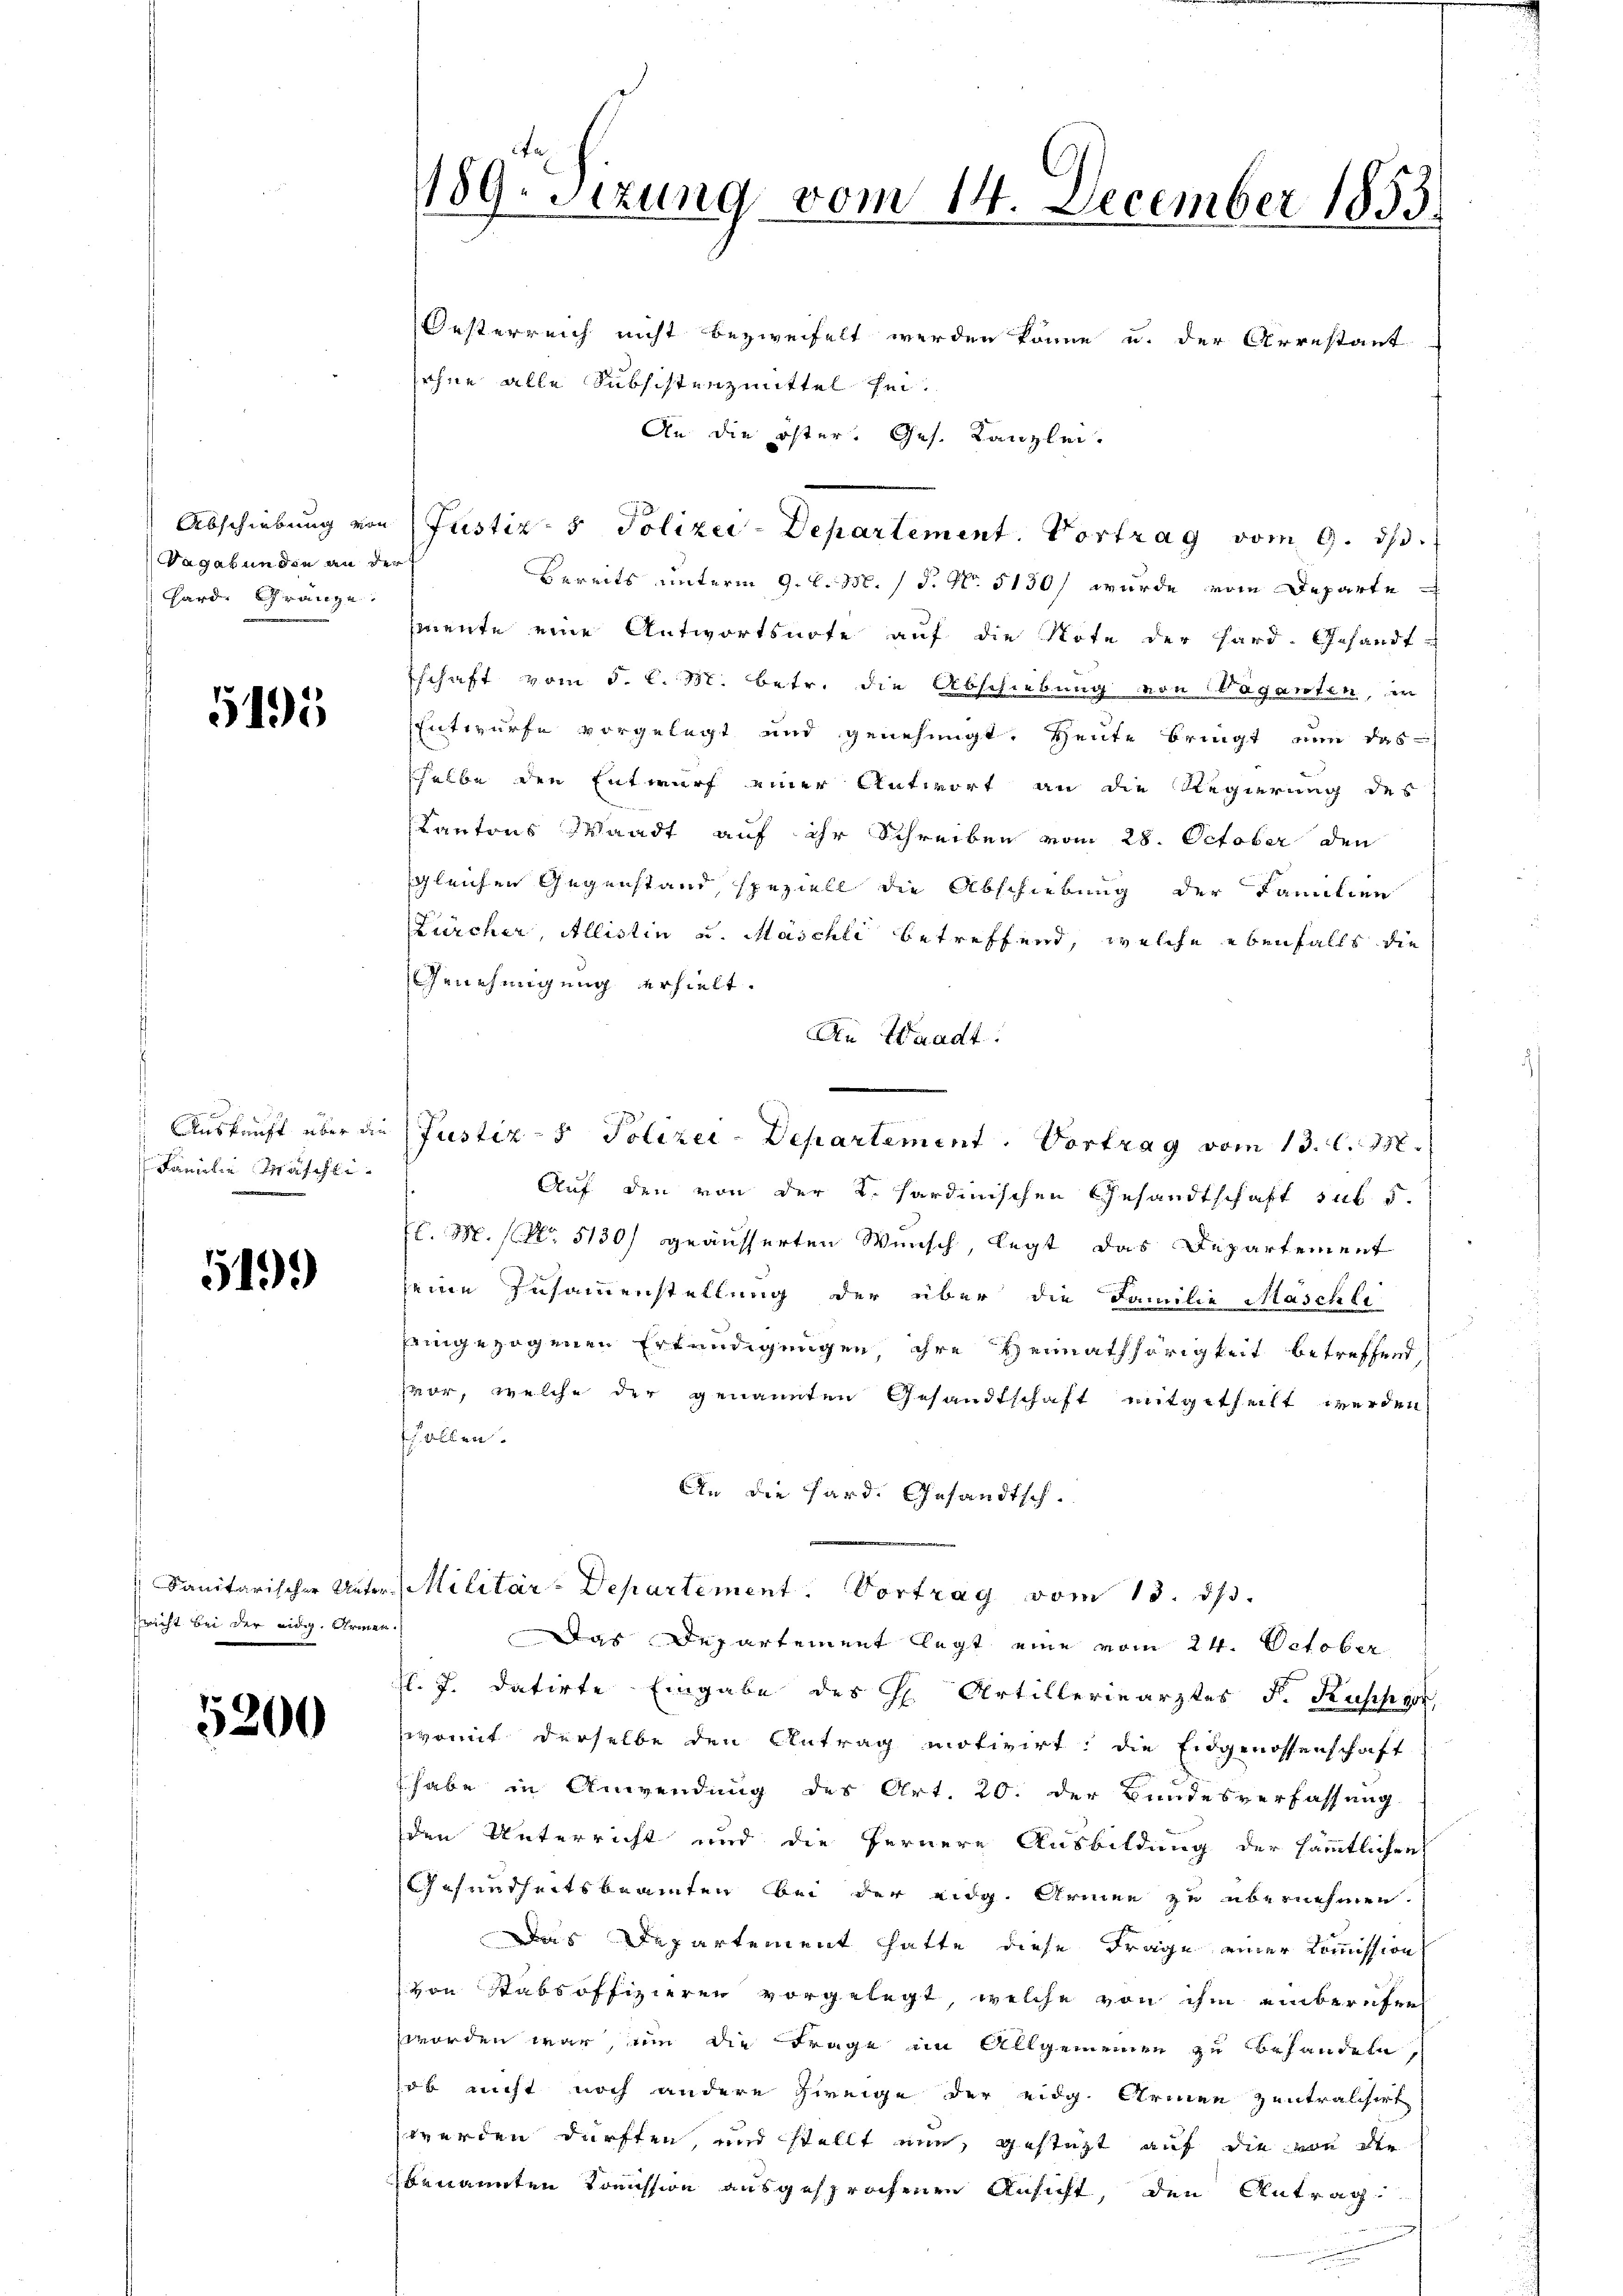
Vagabunden an der
Hard Gränze.

515

Familie Maschli

5499)

rricht bei der eidig. Armen.

5200

189. Sitzung vom 14. December 1853.

Oesterreich nicht bezweifelt werden könne u. der Arrestant
ohne alle Subsistenzmittel hei¬
An die öster. Ges. Kanzlei.
Bereits unterm 9. d. M. / 5. No. 5130/ wurde vom Departe
mente eine Antwortsnote auf die Note der Hard. Gesandt-
schaft vom 5. d. M. betr. die Abschiebung von Vaganten, in
Entwurfe vorgelegt und genehmigt. Heute bringt nun das
sselbe den Entwurf einer Antwort an die Regierung des
Kantons Waadt auf ihr Schreiben vom 28. October den
gleichen Gegenstand, speziell die Abschiebung der Familien
Zürcher, Allistin u. Maschli betreffend, welche ebenfalls die
Genehmigung erhielt.
An Waadt.
Auf den von der K. Sardinischen Gesandtschaft sub. 5.
l. M. No. 5130/ geäusserten Wunsch, legt das Departement
seine Zusammenstellung der über die Familie Maschte
eingezogenen Erkundigungen, ihre Heimathörigkeit betreffend,
vor, welche der genannten Gesandtschaft mitgetheilt werden,
schollen.
An die Hard. Gesandtsch.
Sanitarischer Unter. Militär-Departement. Vortrag vom 13. ds.
Das Departement legt eine vom 24. October
fl. J. datirte Eingabe des H. Artillerinarztes F. Kuschgo
womit derselbe den Antrag motivirt: die Eidgenossenschaft
habe in Anwendung des Art. 20. der Bundesverfassung
den Unterricht und die fernere Ausbildung der sämmtlichen
Gesundheitsbeamten bei der eidg. Armen zu übernehmen.
Das Departement hatte diese Frage einer Commission
von Stabsoffizieren vorgelegt, welche von ihm einberufen
worden war, um die Frage im Allgemeinen zu behandeln,
ob nicht noch andere Zweige der eidg. Armen zentralisirt
werden dürften, und stellt nun, gestatt auf die von der
benannten Commission ausgesprochenen Ansicht, den Antrag

Abschiebung von Justiz- & Polizei-Departement. Vortrag vom 9. ds.

Auskunft über die Justiz- & Polizei-Departement. Vortrag vom 13. C. M.